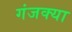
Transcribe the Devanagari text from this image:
गंजक्या